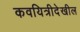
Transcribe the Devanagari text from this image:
कवयित्रीदेखील